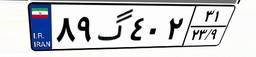
۶۱گ۳۲۲۱۴